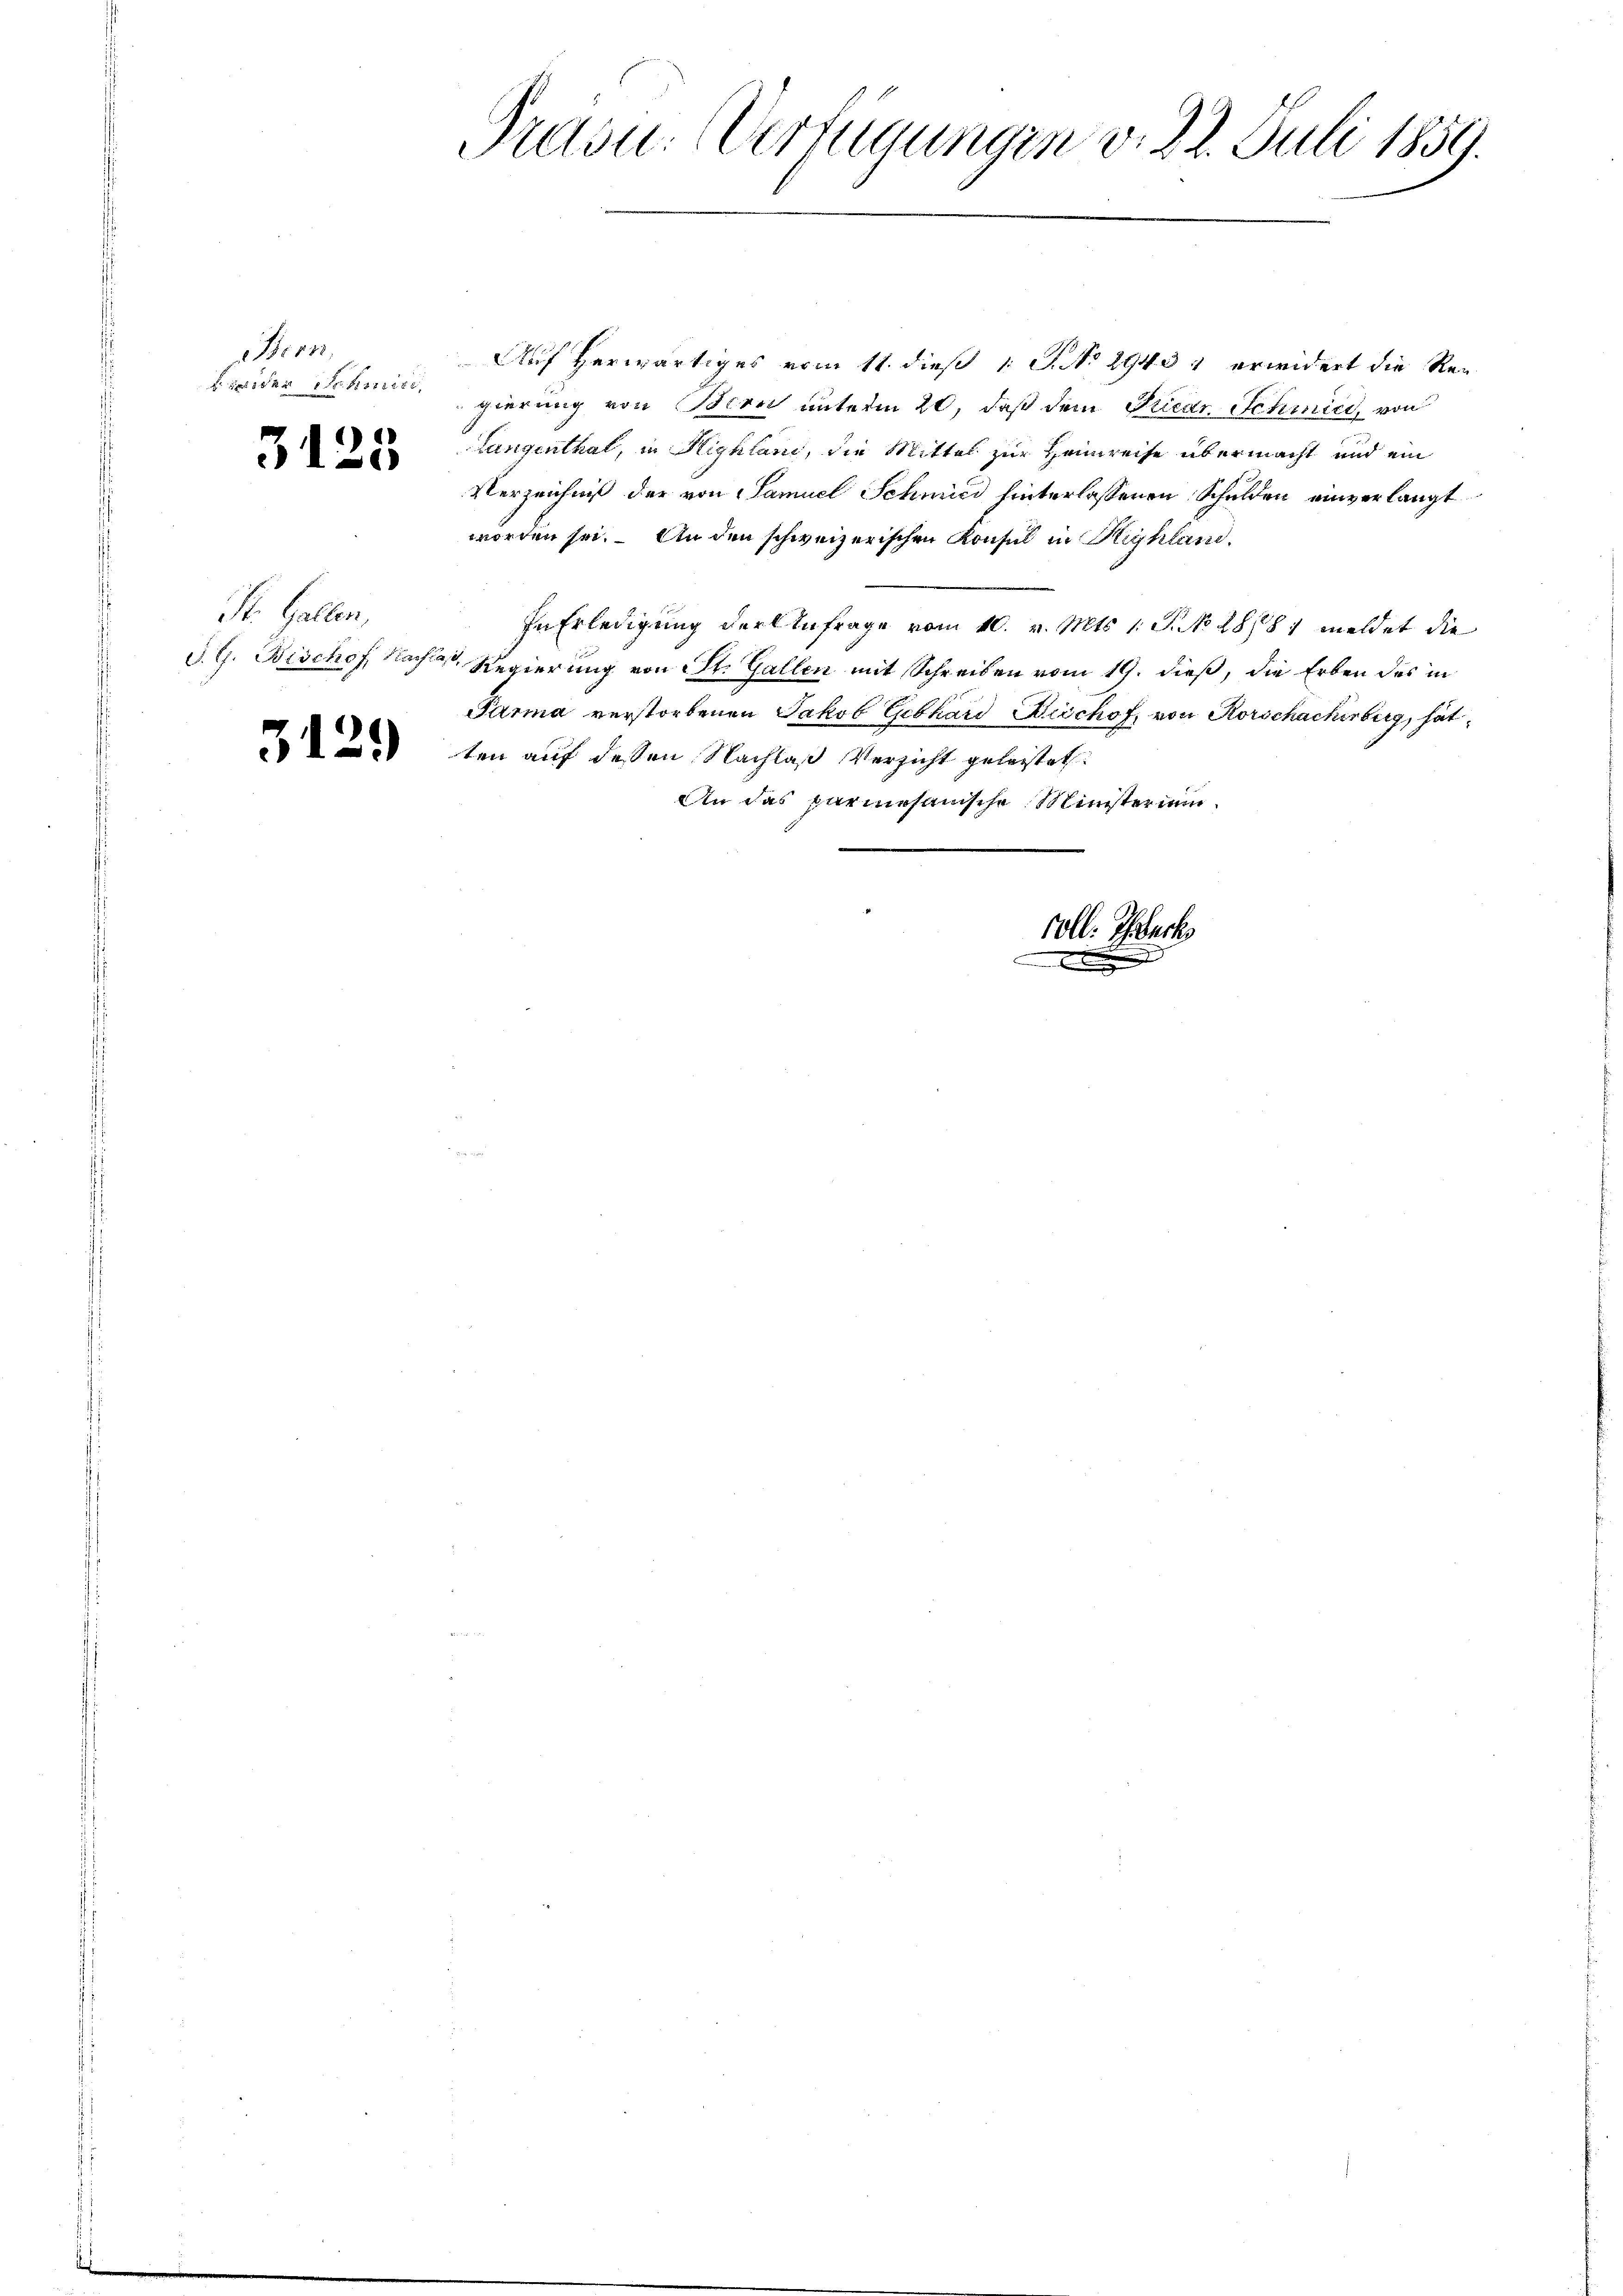
No 11
Beider Schmit

3125

St. Gallen,

31

2.)

dou. Verfügungen v. 22. Juli 1859.
e

Auf herwärtiges vom 11. dieß 1 S. No 29431 erwidert die Re-
gierung von Bern unterm 20, daß dem Friedr. Schmied, von
Langenthat, in Highlani, die Mittel zur Heimreise übermacht und ein
Verzeichniß der von Samuel Schmied hinterlassenen Schulden einverlangt
worden sei. An den schweizerischen Konsul in Kryhland¬
In Erledigung der Anfrage vom 10. v. Mts. 1 S. 28/81 meldet die
d. G. Bischof Nach Regierung von St. Gallen mit Schreiben vom 19. dieß, die Erben des in
Parma verstorbenen Jakob Gebhard Bischof, von Rorschacherberg, hat
ten auf dessen Nachlaß Versicht geleistet
An das parmesanische Ministerium

coll: Thrbuchs
.